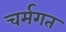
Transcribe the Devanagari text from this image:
चर्मगत